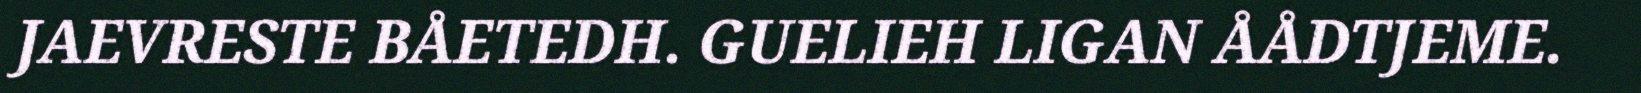
JAEVRESTE BÅETEDH. GUELIEH LIGAN ÅÅDTJEME.